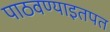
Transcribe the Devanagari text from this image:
पाठवण्याइतपत